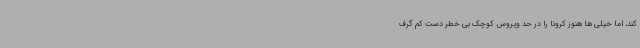
کند، اما خیلی ها هنوز کرونا را در حد ویروس کوچک بی خطر دست کم گرف